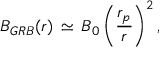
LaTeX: B _ { G R B } ( r ) \, \simeq \, B _ { 0 } \left( \frac { r _ { p } } { r } \right) ^ { 2 } ,